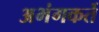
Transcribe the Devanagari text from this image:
अभंगकर्ते